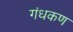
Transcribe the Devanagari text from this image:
गंधकण